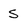
Character: s